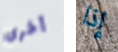
أخرى إذا